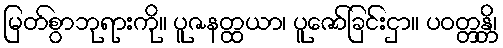
မြတ်စွာဘုရားကို။ ပူဇနတ္ထယာ၊ ပူဇော်ခြင်းငှာ။ ပဝတ္တန္တိ၊